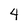
Character: 4